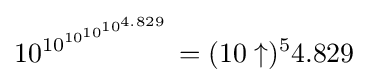
10^{10^{10^{10^{10^{4.829}}}}}=(10\uparrow )^{5}4.829